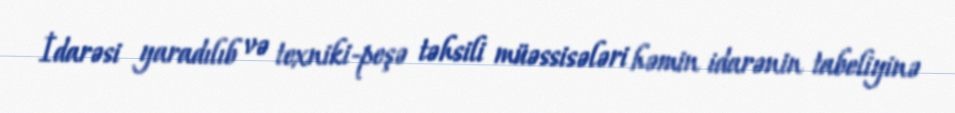
İdarəsi yaradılıb və texniki-peşə təhsili müəssisələri həmin idarənin tabeliyinə